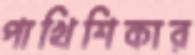
পাখিশিকার